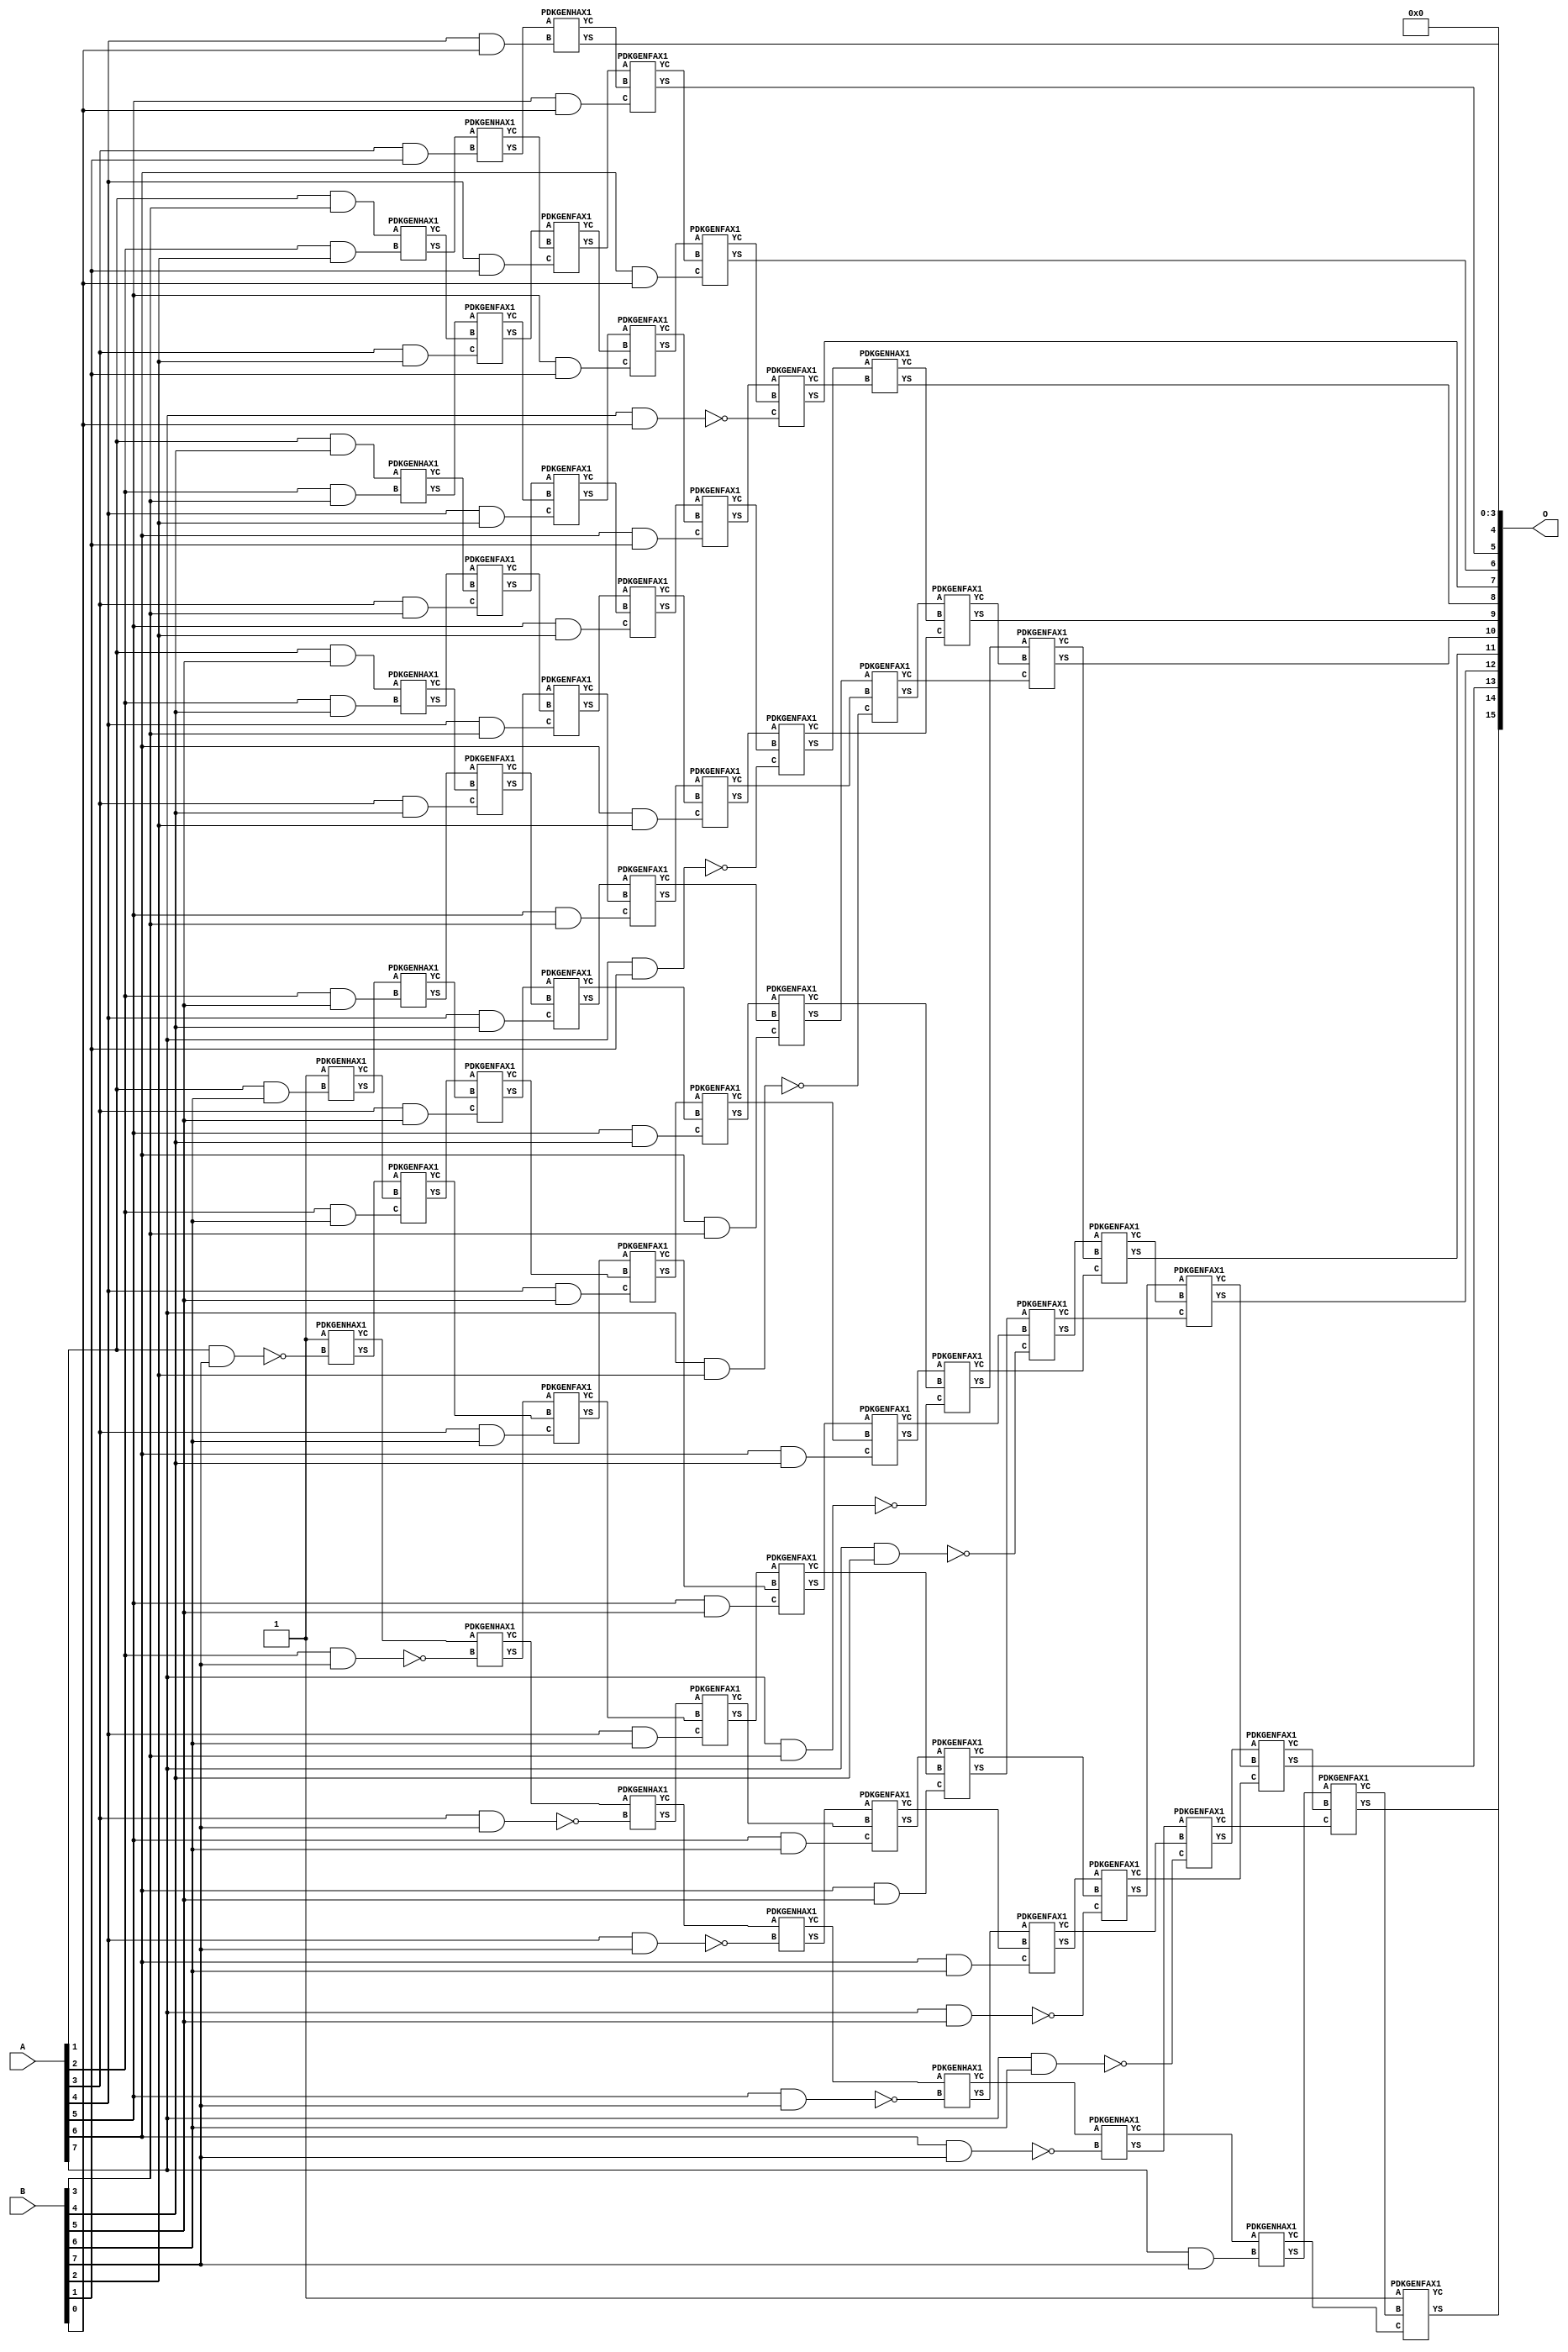
/***
* This code is a part of EvoApproxLib library (ehw.fit.vutbr.cz/approxlib) distributed under The MIT License.
* When used, please cite the following article(s): V. Mrazek, Z. Vasicek, L. Sekanina, H. Jiang and J. Han, "Scalable Construction of Approximate Multipliers With Formally Guaranteed Worst Case Error" in IEEE Transactions on Very Large Scale Integration (VLSI) Systems, vol. 26, no. 11, pp. 2572-2576, Nov. 2018. doi: 10.1109/TVLSI.2018.2856362 
* This file contains a circuit from a sub-set of pareto optimal circuits with respect to the pwr and mse parameters
***/
// MAE% = 0.056 %
// MAE = 36 
// WCE% = 0.25 %
// WCE = 161 
// WCRE% = 3300.00 %
// EP% = 84.18 %
// MRE% = 3.64 %
// MSE = 2872 
// PDK45_PWR = 0.351 mW
// PDK45_AREA = 599.8 um2
// PDK45_DELAY = 1.36 ns


module mul8s_1KRC ( A, B, O );
  input [7:0] A;
  input [7:0] B;
  output [15:0] O;

  wire C_1_6,C_1_7,C_2_2,C_2_3,C_2_4,C_2_5,C_2_6,C_2_7,C_3_1,C_3_2,C_3_3,C_3_4,C_3_5,C_3_6,C_3_7,C_4_0,C_4_1,C_4_2,C_4_3,C_4_4,C_4_5,C_4_6,C_4_7,C_5_0,C_5_1,C_5_2,C_5_3,C_5_4,C_5_5,C_5_6,C_5_7,C_6_0,C_6_1,C_6_2,C_6_3,C_6_4,C_6_5,C_6_6,C_6_7,C_7_0,C_7_1,C_7_2,C_7_3,C_7_4,C_7_5,C_7_6,C_7_7,C_8_0,C_8_1,C_8_2,C_8_3,C_8_4,C_8_5,C_8_6,C_8_7,S_0_7,S_1_3,S_1_4,S_1_5,S_1_6,S_1_7,S_2_2,S_2_3,S_2_4,S_2_5,S_2_6,S_2_7,S_3_1,S_3_2,S_3_3,S_3_4,S_3_5,S_3_6,S_3_7,S_4_0,S_4_1,S_4_2,S_4_3,S_4_4,S_4_5,S_4_6,S_4_7,S_5_0,S_5_1,S_5_2,S_5_3,S_5_4,S_5_5,S_5_6,S_5_7,S_6_0,S_6_1,S_6_2,S_6_3,S_6_4,S_6_5,S_6_6,S_6_7,S_7_0,S_7_1,S_7_2,S_7_3,S_7_4,S_7_5,S_7_6,S_7_7,S_8_0,S_8_1,S_8_2,S_8_3,S_8_4,S_8_5,S_8_6,S_8_7;

  assign S_0_7 = 1'b1;
  assign S_1_3 = (A[1] & B[3]);
  assign S_1_4 = (A[1] & B[4]);
  assign S_1_5 = (A[1] & B[5]);
  PDKGENHAX1 U2607 (.A(S_0_7), .B((A[1] & B[6])), .YS(S_1_6), .YC(C_1_6));
  PDKGENHAX1 U2608 (.A(1'b1), .B(~(A[1] & B[7])), .YS(S_1_7), .YC(C_1_7));
  PDKGENHAX1 U2611 (.A(S_1_3), .B((A[2] & B[2])), .YS(S_2_2), .YC(C_2_2));
  PDKGENHAX1 U2612 (.A(S_1_4), .B((A[2] & B[3])), .YS(S_2_3), .YC(C_2_3));
  PDKGENHAX1 U2613 (.A(S_1_5), .B((A[2] & B[4])), .YS(S_2_4), .YC(C_2_4));
  PDKGENHAX1 U2614 (.A(S_1_6), .B((A[2] & B[5])), .YS(S_2_5), .YC(C_2_5));
  PDKGENFAX1 U2615 (.A(S_1_7), .B(C_1_6), .C((A[2] & B[6])), .YS(S_2_6), .YC(C_2_6));
  PDKGENHAX1 U2616 (.A(C_1_7), .B(~(A[2] & B[7])), .YS(S_2_7), .YC(C_2_7));
  PDKGENHAX1 U2618 (.A(S_2_2), .B((A[3] & B[1])), .YS(S_3_1), .YC(C_3_1));
  PDKGENFAX1 U2619 (.A(S_2_3), .B(C_2_2), .C((A[3] & B[2])), .YS(S_3_2), .YC(C_3_2));
  PDKGENFAX1 U2620 (.A(S_2_4), .B(C_2_3), .C((A[3] & B[3])), .YS(S_3_3), .YC(C_3_3));
  PDKGENFAX1 U2621 (.A(S_2_5), .B(C_2_4), .C((A[3] & B[4])), .YS(S_3_4), .YC(C_3_4));
  PDKGENFAX1 U2622 (.A(S_2_6), .B(C_2_5), .C((A[3] & B[5])), .YS(S_3_5), .YC(C_3_5));
  PDKGENFAX1 U2623 (.A(S_2_7), .B(C_2_6), .C((A[3] & B[6])), .YS(S_3_6), .YC(C_3_6));
  PDKGENHAX1 U2624 (.A(C_2_7), .B(~(A[3] & B[7])), .YS(S_3_7), .YC(C_3_7));
  PDKGENHAX1 U2625 (.A(S_3_1), .B((A[4] & B[0])), .YS(S_4_0), .YC(C_4_0));
  PDKGENFAX1 U2626 (.A(S_3_2), .B(C_3_1), .C((A[4] & B[1])), .YS(S_4_1), .YC(C_4_1));
  PDKGENFAX1 U2627 (.A(S_3_3), .B(C_3_2), .C((A[4] & B[2])), .YS(S_4_2), .YC(C_4_2));
  PDKGENFAX1 U2628 (.A(S_3_4), .B(C_3_3), .C((A[4] & B[3])), .YS(S_4_3), .YC(C_4_3));
  PDKGENFAX1 U2629 (.A(S_3_5), .B(C_3_4), .C((A[4] & B[4])), .YS(S_4_4), .YC(C_4_4));
  PDKGENFAX1 U2630 (.A(S_3_6), .B(C_3_5), .C((A[4] & B[5])), .YS(S_4_5), .YC(C_4_5));
  PDKGENFAX1 U2631 (.A(S_3_7), .B(C_3_6), .C((A[4] & B[6])), .YS(S_4_6), .YC(C_4_6));
  PDKGENHAX1 U2632 (.A(C_3_7), .B(~(A[4] & B[7])), .YS(S_4_7), .YC(C_4_7));
  PDKGENFAX1 U2633 (.A(S_4_1), .B(C_4_0), .C((A[5] & B[0])), .YS(S_5_0), .YC(C_5_0));
  PDKGENFAX1 U2634 (.A(S_4_2), .B(C_4_1), .C((A[5] & B[1])), .YS(S_5_1), .YC(C_5_1));
  PDKGENFAX1 U2635 (.A(S_4_3), .B(C_4_2), .C((A[5] & B[2])), .YS(S_5_2), .YC(C_5_2));
  PDKGENFAX1 U2636 (.A(S_4_4), .B(C_4_3), .C((A[5] & B[3])), .YS(S_5_3), .YC(C_5_3));
  PDKGENFAX1 U2637 (.A(S_4_5), .B(C_4_4), .C((A[5] & B[4])), .YS(S_5_4), .YC(C_5_4));
  PDKGENFAX1 U2638 (.A(S_4_6), .B(C_4_5), .C((A[5] & B[5])), .YS(S_5_5), .YC(C_5_5));
  PDKGENFAX1 U2639 (.A(S_4_7), .B(C_4_6), .C((A[5] & B[6])), .YS(S_5_6), .YC(C_5_6));
  PDKGENHAX1 U2640 (.A(C_4_7), .B(~(A[5] & B[7])), .YS(S_5_7), .YC(C_5_7));
  PDKGENFAX1 U2641 (.A(S_5_1), .B(C_5_0), .C((A[6] & B[0])), .YS(S_6_0), .YC(C_6_0));
  PDKGENFAX1 U2642 (.A(S_5_2), .B(C_5_1), .C((A[6] & B[1])), .YS(S_6_1), .YC(C_6_1));
  PDKGENFAX1 U2643 (.A(S_5_3), .B(C_5_2), .C((A[6] & B[2])), .YS(S_6_2), .YC(C_6_2));
  PDKGENFAX1 U2644 (.A(S_5_4), .B(C_5_3), .C((A[6] & B[3])), .YS(S_6_3), .YC(C_6_3));
  PDKGENFAX1 U2645 (.A(S_5_5), .B(C_5_4), .C((A[6] & B[4])), .YS(S_6_4), .YC(C_6_4));
  PDKGENFAX1 U2646 (.A(S_5_6), .B(C_5_5), .C((A[6] & B[5])), .YS(S_6_5), .YC(C_6_5));
  PDKGENFAX1 U2647 (.A(S_5_7), .B(C_5_6), .C((A[6] & B[6])), .YS(S_6_6), .YC(C_6_6));
  PDKGENHAX1 U2648 (.A(C_5_7), .B(~(A[6] & B[7])), .YS(S_6_7), .YC(C_6_7));
  PDKGENFAX1 U2649 (.A(S_6_1), .B(C_6_0), .C(~(A[7] & B[0])), .YS(S_7_0), .YC(C_7_0));
  PDKGENFAX1 U2650 (.A(S_6_2), .B(C_6_1), .C(~(A[7] & B[1])), .YS(S_7_1), .YC(C_7_1));
  PDKGENFAX1 U2651 (.A(S_6_3), .B(C_6_2), .C(~(A[7] & B[2])), .YS(S_7_2), .YC(C_7_2));
  PDKGENFAX1 U2652 (.A(S_6_4), .B(C_6_3), .C(~(A[7] & B[3])), .YS(S_7_3), .YC(C_7_3));
  PDKGENFAX1 U2653 (.A(S_6_5), .B(C_6_4), .C(~(A[7] & B[4])), .YS(S_7_4), .YC(C_7_4));
  PDKGENFAX1 U2654 (.A(S_6_6), .B(C_6_5), .C(~(A[7] & B[5])), .YS(S_7_5), .YC(C_7_5));
  PDKGENFAX1 U2655 (.A(S_6_7), .B(C_6_6), .C(~(A[7] & B[6])), .YS(S_7_6), .YC(C_7_6));
  PDKGENHAX1 U2656 (.A(C_6_7), .B((A[7] & B[7])), .YS(S_7_7), .YC(C_7_7));
  PDKGENHAX1 U2657 (.A(S_7_1), .B(C_7_0), .YS(S_8_0), .YC(C_8_0));
  PDKGENFAX1 U2658 (.A(S_7_2), .B(C_8_0), .C(C_7_1), .YS(S_8_1), .YC(C_8_1));
  PDKGENFAX1 U2659 (.A(S_7_3), .B(C_8_1), .C(C_7_2), .YS(S_8_2), .YC(C_8_2));
  PDKGENFAX1 U2660 (.A(S_7_4), .B(C_8_2), .C(C_7_3), .YS(S_8_3), .YC(C_8_3));
  PDKGENFAX1 U2661 (.A(S_7_5), .B(C_8_3), .C(C_7_4), .YS(S_8_4), .YC(C_8_4));
  PDKGENFAX1 U2662 (.A(S_7_6), .B(C_8_4), .C(C_7_5), .YS(S_8_5), .YC(C_8_5));
  PDKGENFAX1 U2663 (.A(S_7_7), .B(C_8_5), .C(C_7_6), .YS(S_8_6), .YC(C_8_6));
  PDKGENFAX1 U2664 (.A(1'b1), .B(C_8_6), .C(C_7_7), .YS(S_8_7), .YC(C_8_7));
  assign O = {S_8_7,S_8_6,S_8_5,S_8_4,S_8_3,S_8_2,S_8_1,S_8_0,S_7_0,S_6_0,S_5_0,S_4_0,1'b0,1'b0,1'b0,1'b0};

endmodule

/* mod */
module PDKGENHAX1( input A, input B, output YS, output YC );
    assign YS = A ^ B;
    assign YC = A & B;
endmodule
/* mod */
module PDKGENFAX1( input A, input B, input C, output YS, output YC );
    assign YS = (A ^ B) ^ C;
    assign YC = (A & B) | (B & C) | (A & C);
endmodule